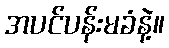
အပင်ပန်းမခံနဲ့။